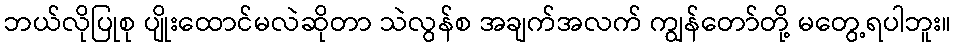
ဘယ်လိုပြုစု ပျိုးထောင်မလဲဆိုတာ သဲလွန်စ အချက်အလက် ကျွန်တော်တို့ မတွေ့ရပါဘူး။